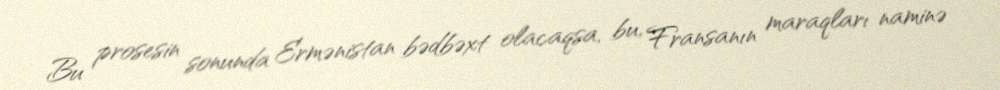
Bu prosesin sonunda Ermənistan bədbəxt olacaqsa, bu, Fransanın maraqları naminə